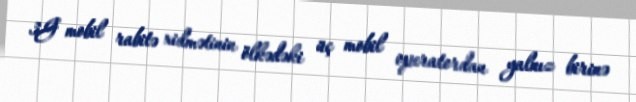
3G mobil rabitə xidmətinin ölkədəki üç mobil operatordan yalnız birinə